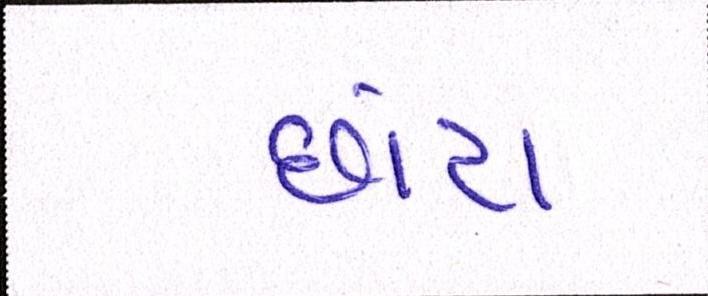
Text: છાંટા